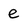
Character: e